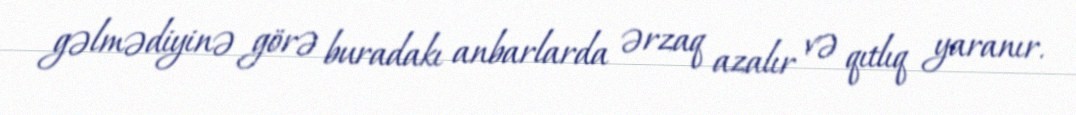
gəlmədiyinə görə buradakı anbarlarda ərzaq azalır və qıtlıq yaranır.